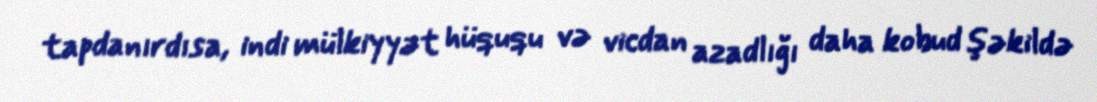
tapdanırdısa, indi mülkiyyət hüququ və vicdan azadlığı daha kobud şəkildə